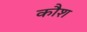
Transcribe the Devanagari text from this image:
कौश